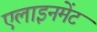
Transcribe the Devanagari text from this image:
एलाइनमेंट